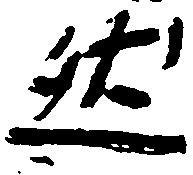
然